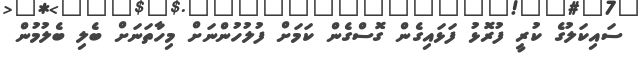
ސައިކަލުގެ ކުރީ ފުރޮޅު ފަޅައިގެން ގޮސްގެން ކަމަށް ފުލުހުންނަށް މިހާތަނަށް ބެލި ބެލުމުން